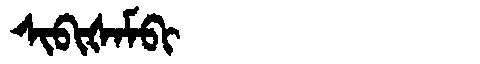
Manchu: ᠰᡳᠪᡳᡧᠠᠮᠪᡳ
Romanization: SIBIŠAMBI